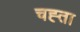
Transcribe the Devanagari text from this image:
चह्ता